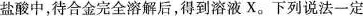
盐酸中，待合金完全溶解后，得到溶液X。下列说法一定